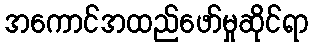
အကောင်အထည်ဖော်မှုဆိုင်ရာ